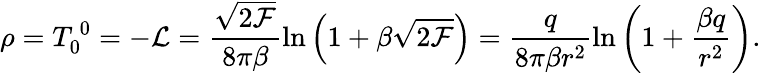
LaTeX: \rho=T_{0}^{~0}=-{\cal L}=\frac{\sqrt{2{\cal F}}}{8\pi\beta}\ln\left(1+\beta\sqrt{2{\cal F}}\right)=\frac{q}{8\pi\beta r^{2}}\ln\left(1+\frac{\beta q}{r^{2}}\right).